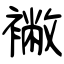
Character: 襒